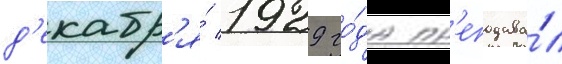
д'екабр'я́ 1929 го́да пр'еподава́л